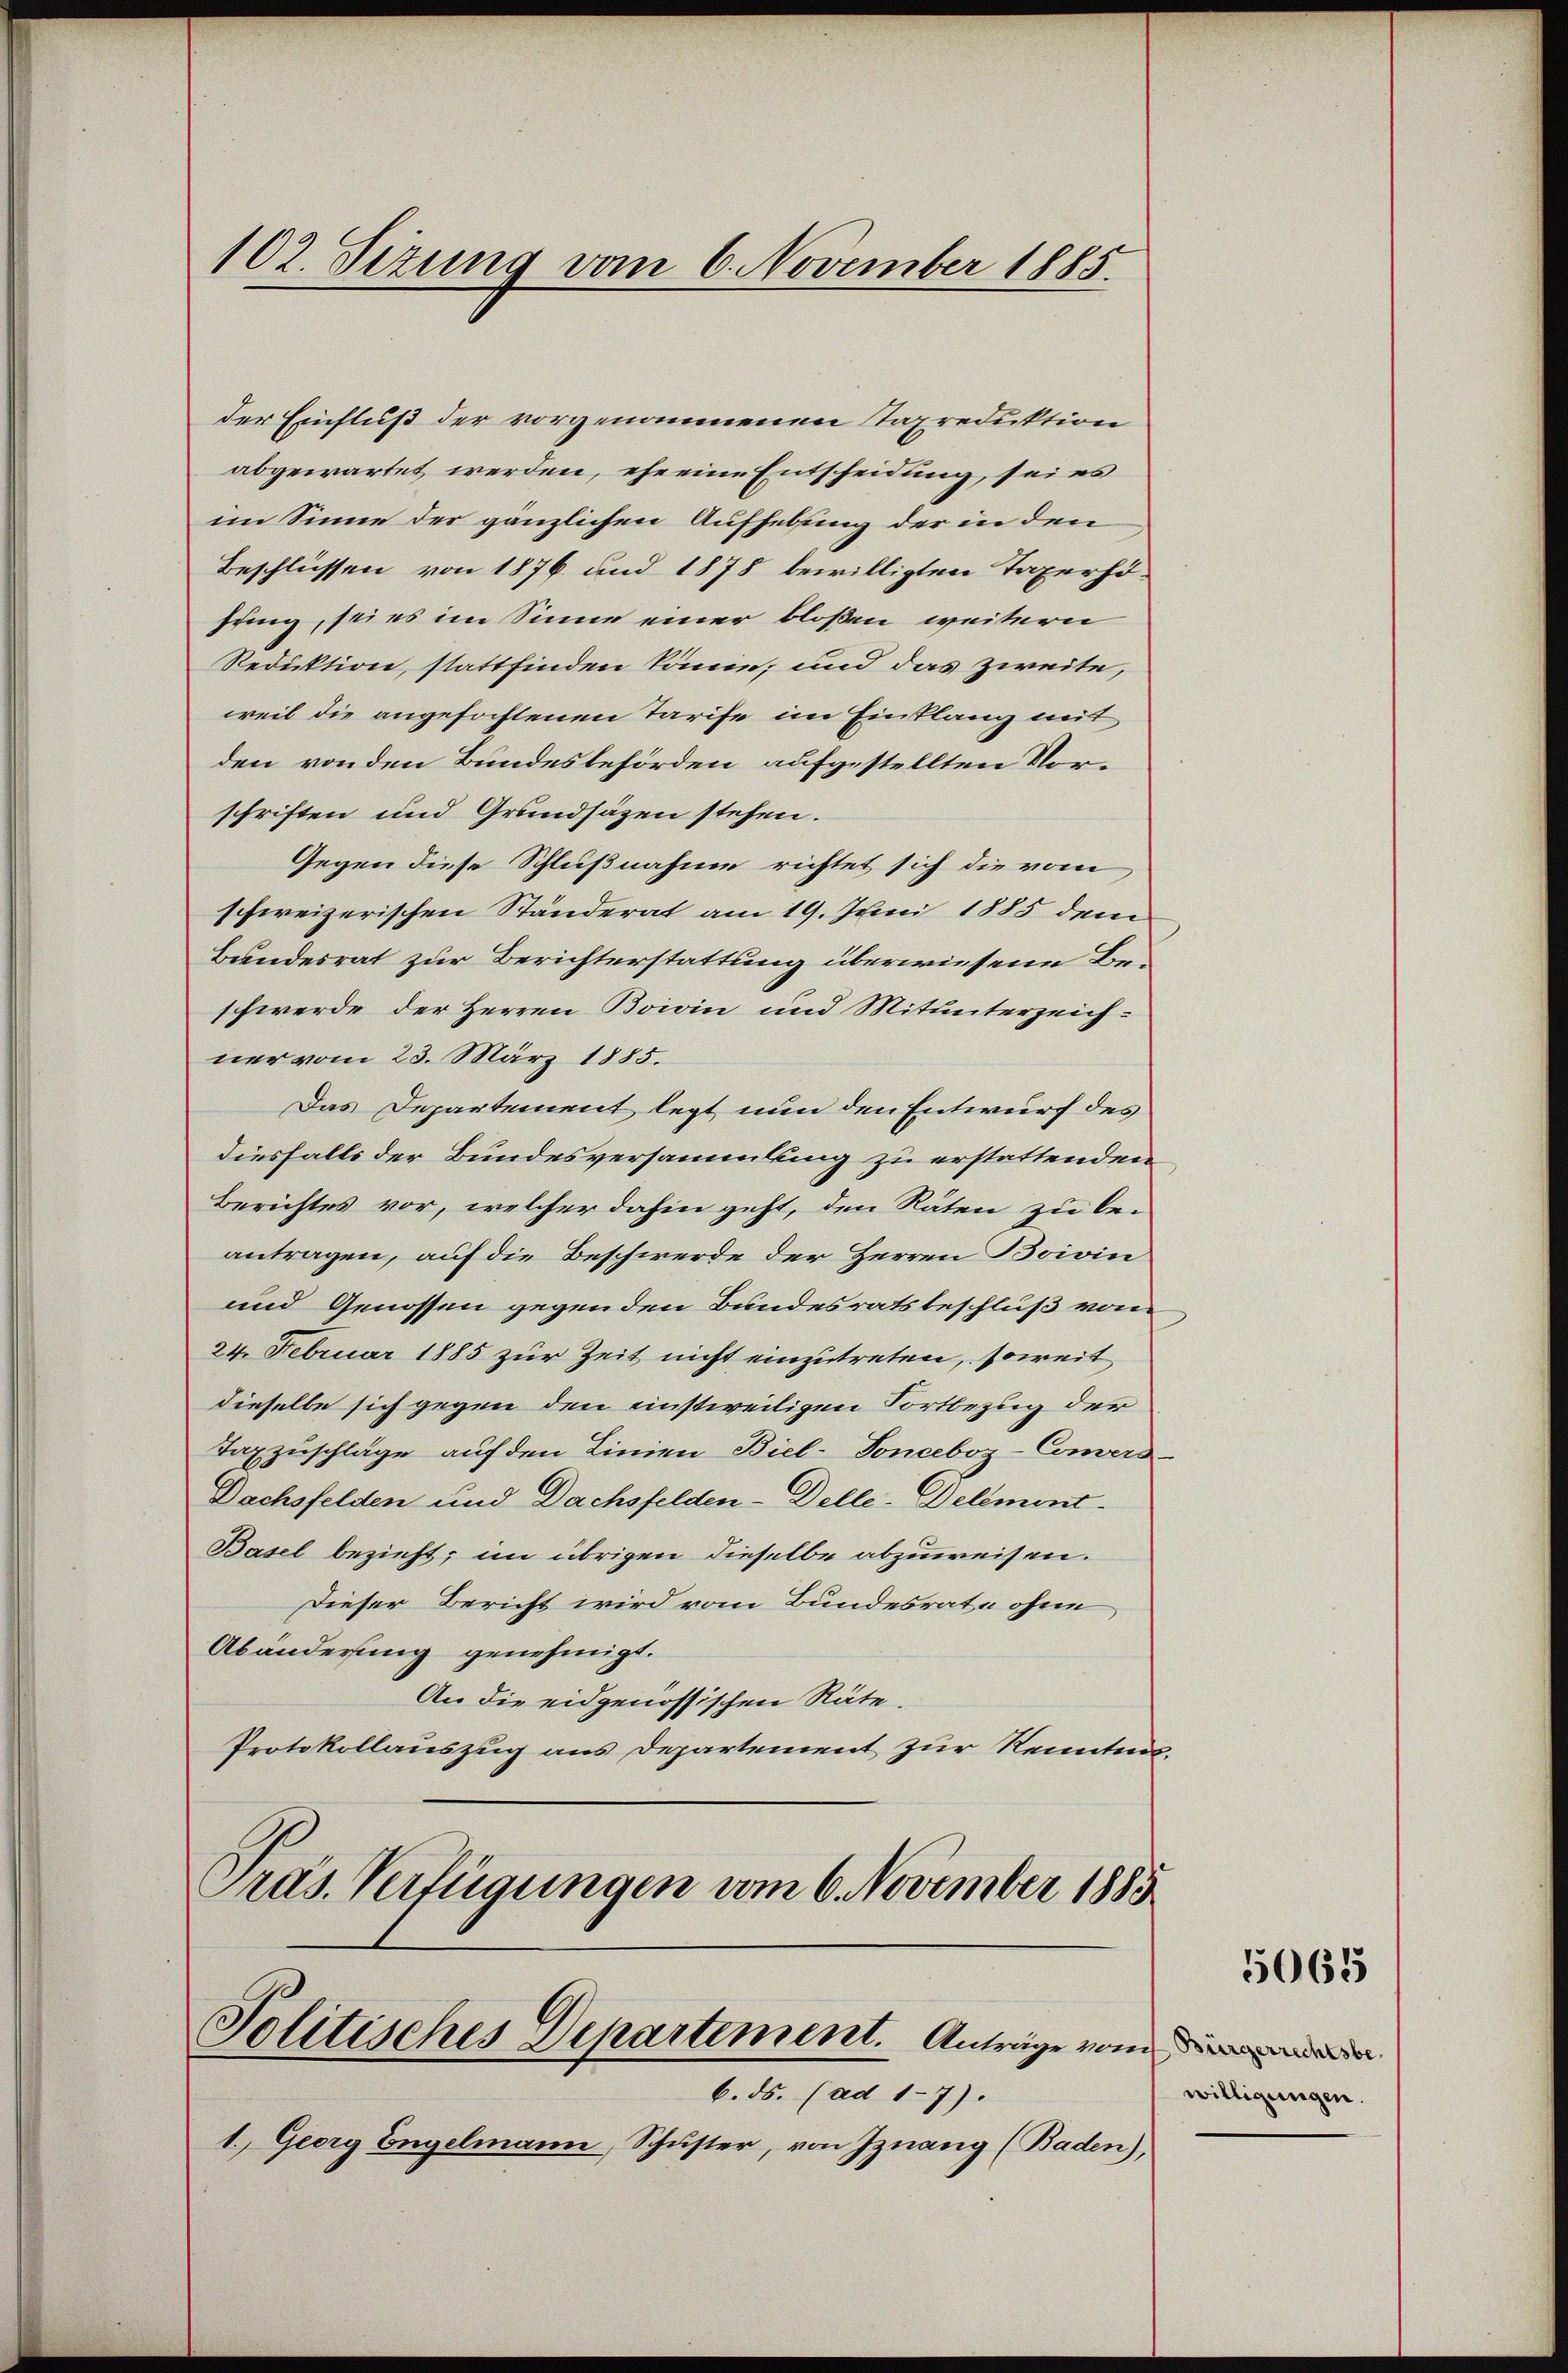
der Einfluß der vorgenommenen Taxreduktion
abgewartet werden, ehe eine Entscheidung, sei es
im Sinne der gänzlichen Aufhebung der in den
Beschlüssen von 1876 und 1878 bewilligten Taxerhöhung, sei es im Sinne einer bloßen weitern
Reduktion, stattfinden könne; und das zweite,
weil die angefochtenen Tarife im Einklang mit
den von den Bundesbehörden aufgestellten Vorschriften und Grundsäzen stehen.
Gegen diese Schlußnahme richtet sich die vom
schweizerischen Ständerat am 19. Juni 1885 dem
Bundesrat zur Berichterstattung überwiesene Beschwerde der Herren Boivin und Mitunterzeichner vom 23. März 1885.
Das Departement legt nun den Entwurf des
diesfalls der Bundesversammlung zu erstattenden
Berichtes vor, welcher dahin geht, den Räten zu be-
antragen, auf die Beschwerde der Herren Boivin
und Genossen gegenden Bundesratsbeschluß vom
24. Februar 1885 zur Zeit nicht einzutreten, soweit
dieselbe sich gegen den einstweiligen Fortbezug der
Taxzuschläge auf den Linien Biel-Tonceboz-Comers-
Dachsfelden und Dachsfelden-Delle-Delement-
Basel bezieht; im übrigen dieselbe abzuweisen.
Dieser Bericht wird vom Bundesrate ohne
Abänderung genehmigt.
An die eidgenössischen Räte.
Protokollauszug aus Departement zur Kenntnis¬
Präs. Verfügungen vom 6. November 1885

102. Sizung vom 6. November 1885.

Solitisches Departement. Antrage von

6. ds. (ad 17).
1. Georg Engelmann, Schuster, von Inang (Baden),

5065

willigungen.